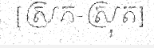
[ស្រក-ស្រុត]